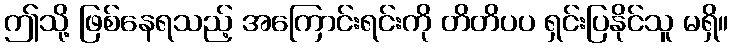
ဤသို့ ဖြစ်နေရသည့် အကြောင်းရင်းကို တိတိပပ ရှင်းပြနိုင်သူ မရှိ။